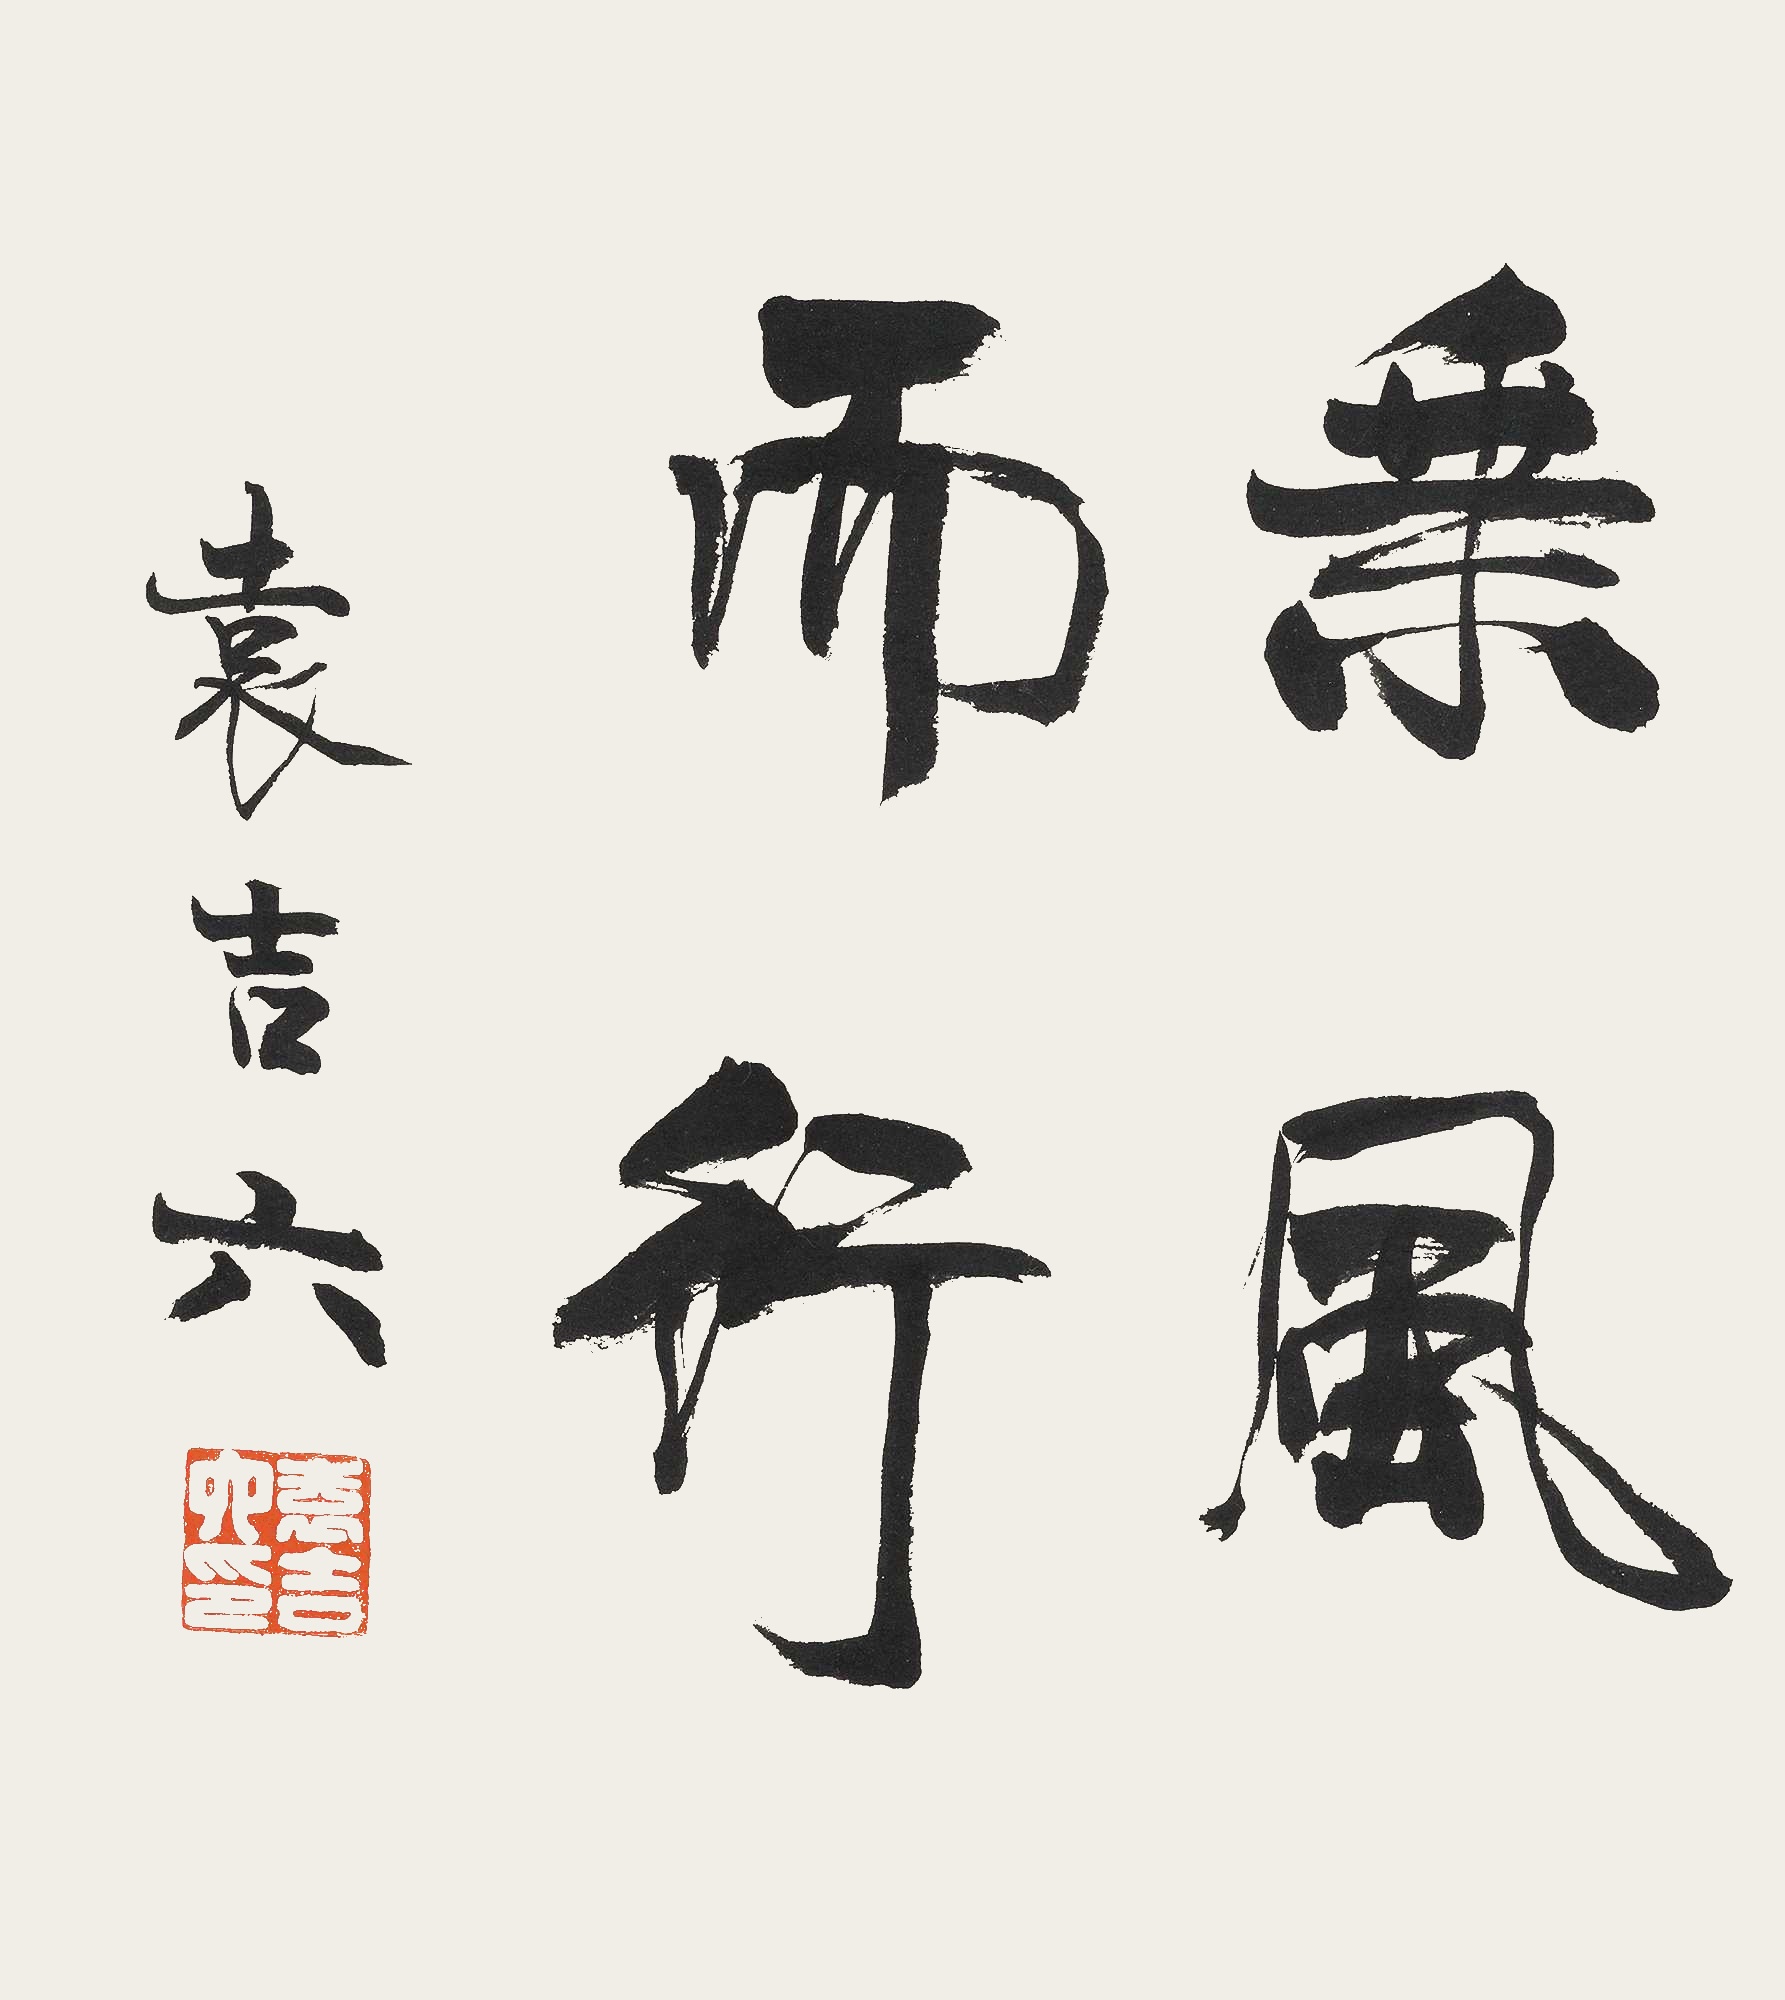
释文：乘风而行。袁吉六。